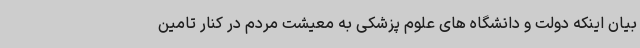
بیان اینکه دولت و دانشگاه های علوم پزشکی به معیشت مردم در کنار تامین